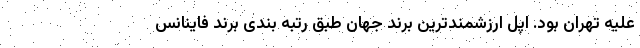
علیه تهران بود. اپل ارزشمندترین برند جهان طبق رتبه بندی برند فاینانس